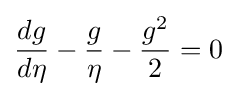
{\frac {dg}{d\eta }}-{\frac {g}{\eta }}-{\frac {g^{2}}{2}}=0